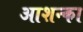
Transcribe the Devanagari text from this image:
आशन्का